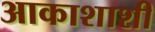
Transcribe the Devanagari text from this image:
आकाशाशी